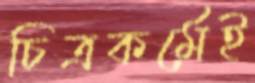
চিত্রকর্মেই